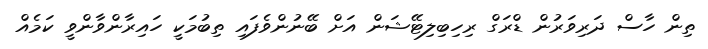
ތިން ހާސް ދަރިވަރުން ޑްރަގް ރިހިބިލިޓޭޝަން އަށް ބޭނުންވެފައި ތިބުމަކީ ހައިރާންވާންވީ ކަމެއް